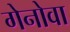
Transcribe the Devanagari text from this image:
गेनोवा